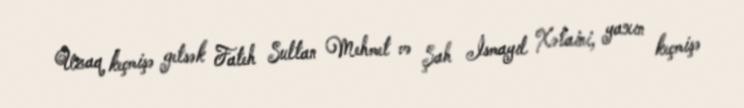
Uzaq keçmişə getsək Fateh Sultan Mehmet və Şah İsmayıl Xətaini, yaxın keçmişə